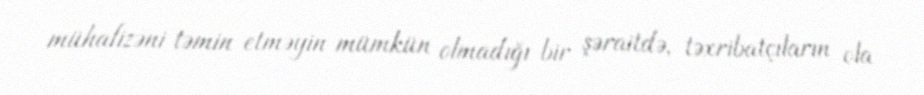
mühafizəni təmin etməyin mümkün olmadığı bir şəraitdə, təxribatçıların ola